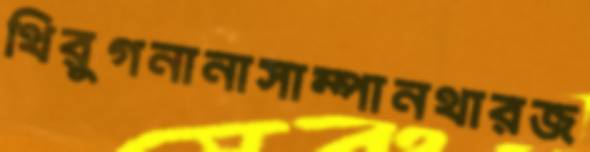
থিরুগনানাসাম্পানথারজ